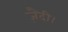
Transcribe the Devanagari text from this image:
ज़ैदी।